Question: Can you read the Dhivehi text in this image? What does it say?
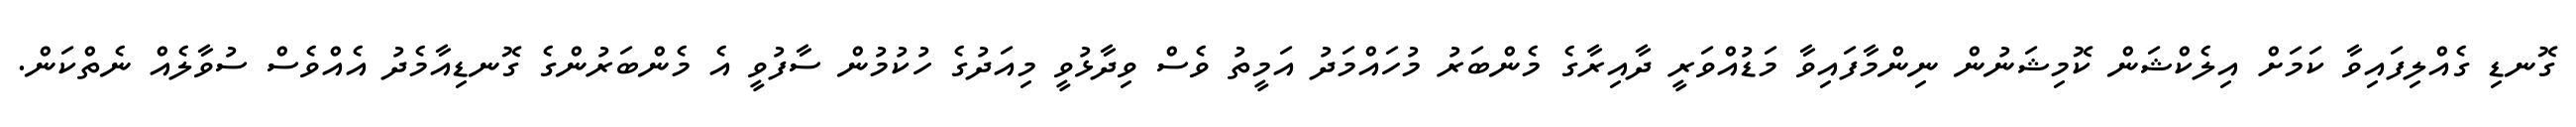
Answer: ގޮނޑި ގެއްލިފައިވާ ކަމަށް އިލެކްޝަން ކޮމިޝަނުން ނިންމާފައިވާ މަޑުއްވަރީ ދާއިރާގެ މެންބަރު މުހައްމަދު އަމީތު ވެސް ވިދާޅުވީ މިއަދުގެ ހުކުމުން ސާފުވީ އެ މެންބަރުންގެ ގޮނޑިއާމެދު އެއްވެސް ސުވާލެއް ނެތްކަން.